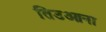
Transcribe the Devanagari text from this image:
तिउआना